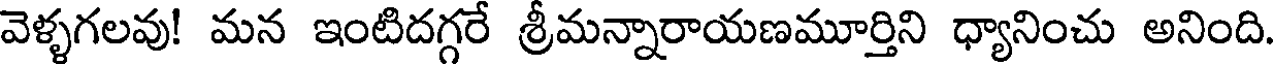
వెళ్ళగలవు! మన ఇంటిదగ్గరే శ్రీమన్నారాయణమూర్తిని ధ్యానించు అనింది